Indian journal of veterinary science and animal husbandry - Volume 13,
Year: 1943
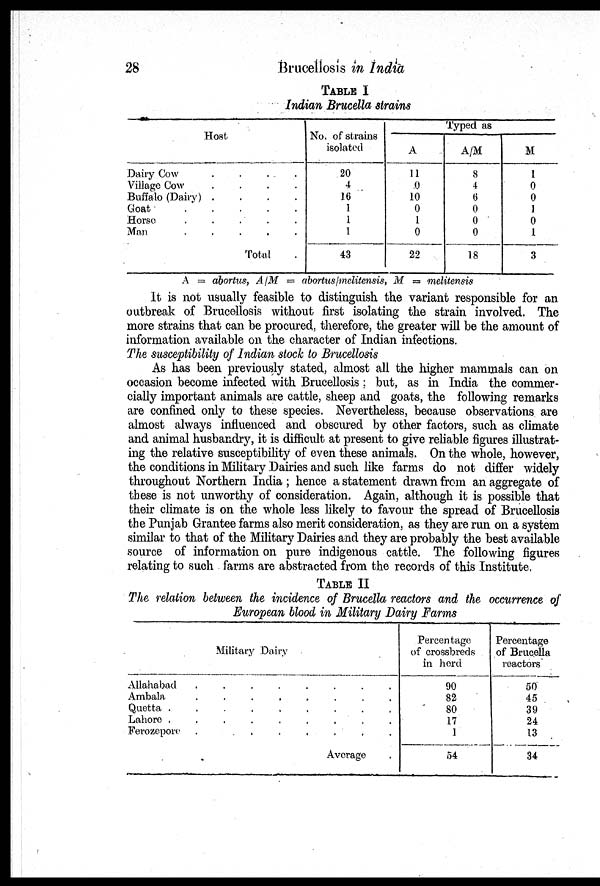
28
Brucellosis in India
TABLE I
Indian Brucella strains
Host
Dairy Cow . .
Village Cow . .
Buffalo (Dairy) . .
Goat . .
Horse . .
Man . .
Total.
No. of strains
isolated
20
4
16
1
1
1
43
Typed as
A
11
0
10
0
1
0
22
A/M
8
4
6
0
0
0
18
M
1
0
0
1
0
1
3
A = abortus, A/M — abortus / melitensis, M = melitensis
It is not usually feasible to distinguish the variant responsible for an
outbreak of Brucellosis without first isolating the strain involved. The
more strains that can be procured, therefore, the greater will be the amount of
information available on the character of Indian infections.
The susceptibility of Indian stock to Brucellosis
As has been previously stated, almost all the higher mammals can on
occasion become infected with Brucellosis ; but, as in India the commer-
cially important animals are cattle, sheep and goats, the following remarks
are confined only to these species. Nevertheless, because observations are
almost always influenced and obscured by other factors, such as climate
and animal husbandry, it is difficult at present to give reliable figures illustrat-
ing the relative susceptibility of even these animals. On the whole, however,
the conditions in Military Dairies and such like farms do not differ widely
throughout Northern India ; hence a statement drawn from an aggregate of
these is not unworthy of consideration. Again, although it is possible that
their climate is on the whole less likely to favour the spread of Brucellosis
the Punjab Grantee farms also merit consideration, as they are run on a system
similar to that of the Military Dairies and they are probably the best available
source of information on pure indigenous cattle. The following figures
relating to such farms are abstracted from the records of this Institute.
TABLE II
The relation between the incidence of Brucella reactors and the occurrence o
European blood in Military Dairy Farms
Military Dairy
Allahabad . .
Ambala
.
.
Quetta . .
Lahore .
.
Ferozepore . .
Average
Percentage
of crossbreds
in
herd
90
82
80
17
1
54
Percentage
of Brucella
reactors
50
45
39
24
13
34